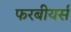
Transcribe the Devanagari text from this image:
फरबीयर्स